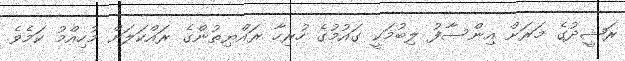
ރަޝީދުގެ މަރަށް އިންސާފު ލިބުމަކީ ގައުމުގެ ހުރިހާ ރައްޔިތުންގެ ރައްކަލަށް މުހިއްމު ކަމެވެ.